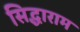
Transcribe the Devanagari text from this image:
सिद्धाराम